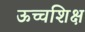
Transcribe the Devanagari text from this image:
ऊच्चशिक्ष